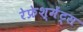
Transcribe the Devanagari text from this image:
रेफ्रेश्मेंट्स